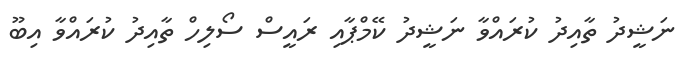
ނަޝީދު ތާއިދު ކުރައްވާ ނަޝީދު ކޭމްޕާއި ރައީސް ސޯލިހް ތާއިދު ކުރައްވާ އިބޫ